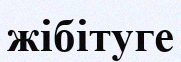
жібітуге